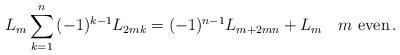
LaTeX: \begin{align*}L_m \sum_{k = 1}^n {( - 1)^{k - 1} L_{2mk} } = ( - 1)^{n - 1} L_{m + 2mn} + L_m\quad\mbox{$m$ even}\,. \end{align*}